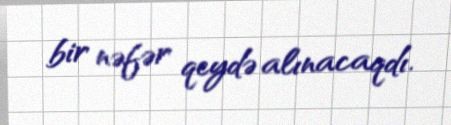
bir nəfər qeydə alınacaqdı.